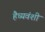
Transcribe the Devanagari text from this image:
हैध्यवंशी